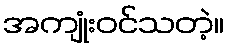
အကျုံးဝင်သတဲ့။